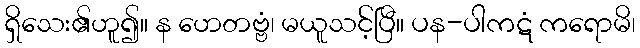
ရှိသေး၏ဟူ၍။ န ဟေတဗ္ဗံ၊ မယူသင့်ပြီ။ ပန-ပါကဋံ ကရောမိ၊